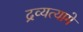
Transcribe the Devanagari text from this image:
द्रव्यत्यागे